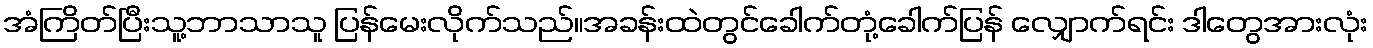
အံကြိတ်ပြီးသူ့ဘာသာသူ ပြန်မေးလိုက်သည်။အခန်းထဲတွင်ခေါက်တုံ့ခေါက်ပြန် လျှောက်ရင်း ဒါတွေအားလုံး